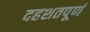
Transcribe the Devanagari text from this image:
दहशतपूर्ण